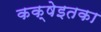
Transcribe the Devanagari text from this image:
कक्षेइतका